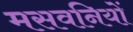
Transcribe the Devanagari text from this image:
मसवनियों